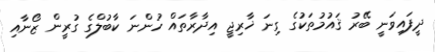
ދީފައިވަނީ ބޭރު ޤައުމުތަކުގެ ގިނަ ޚާރިޖީ އިދާރާތައް ހުންނަ ކާބުލްގެ ގުރީން ޒޯނާއި